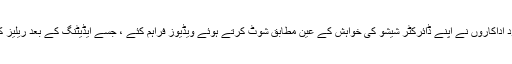
ان تمام مشکلات کے باوجود اداکاروں نے اپنے ڈائرکٹر شیشو کی خواہش کے عین مطابق شوٹ کرتے ہوئے ویڈیوز فراہم کئے ، جسے ایڈیٹنگ کے بعد ریلیز کے لیے تیار کرلیا گیا ہے ۔